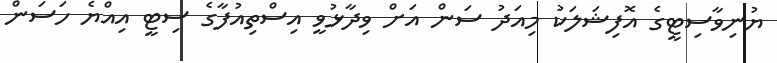
ޔުނިވާސިޓީގެ އޮފިޝަލަކު މިއަދު ސަން އަށް ވިދާޅުވީ އިސްތިއުފާގެ ސިޓީ އިއްޔެ ހަސަން